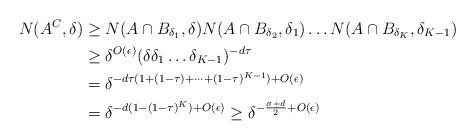
LaTeX: \begin{align*}N(A^{C},\delta) & \geq N(A\cap B_{\delta_1},\delta) N(A\cap B_{\delta_2},\delta_1) \dots N(A\cap B_{\delta_K},\delta_{K-1})\\& \geq \delta^{O(\epsilon)}(\delta\delta_1\dots\delta_{K-1})^{-d\tau}\\& = \delta^{-d\tau(1+(1-\tau)+\dots+(1-\tau)^{K-1})+O(\epsilon)}\\& = \delta^{-d (1-(1-\tau)^K)+O(\epsilon)}\geq \delta^{-\frac{\sigma+d}{2}+O(\epsilon)}\end{align*}